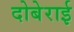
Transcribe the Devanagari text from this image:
दोबेराई